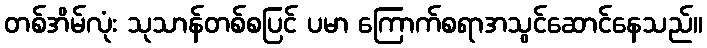
တစ်အိမ်လုံး သုသာန်တစ်စပြင် ပမာ ကြောက်စရာအသွင်ဆောင်နေသည်။